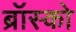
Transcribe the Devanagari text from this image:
ब्रॉस्को